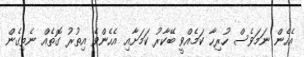
އެހެން ނަމަވެސް ހުރިހާ ކަމެއްވީ ބޭކާރު ކަމަށާއި އެހެންވެ އިތުރު ގޮތެއް ނެތިގެން